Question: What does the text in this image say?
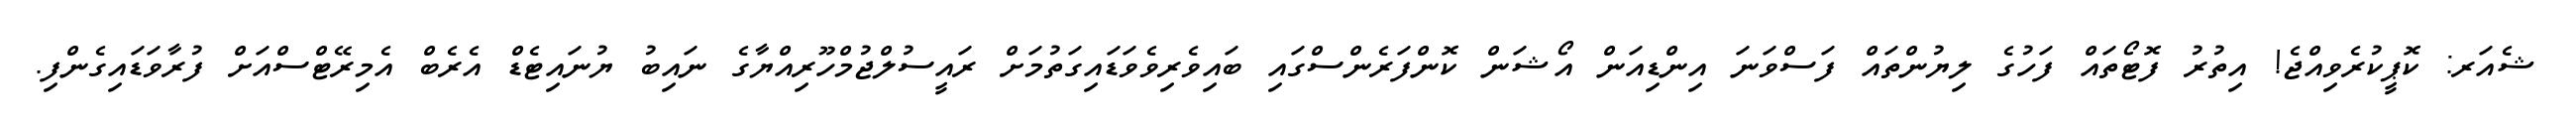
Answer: ޝެއަރ: ކޮޕީކުރެވިއްޖެ! އިތުރު ފޮޓޯތައް ފަހުގެ ލިޔުންތައް ފަސްވަނަ އިންޑިއަން އޯޝަން ކޮންފަރެންސްގައި ބައިވެރިވެވަޑައިގަތުމަށް ރައީސުލްޖުމްހޫރިއްޔާގެ ނައިބު ޔުނައިޓެޑް އެރެބް އެމިރޭޓްސްއަށް ފުރާވަޑައިގެންފި.